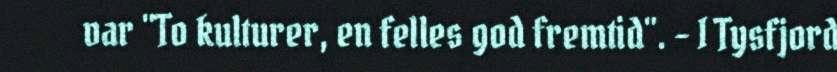
var "To kulturer, en felles god fremtid". - I Tysfjord